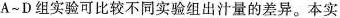
A~D组实验可比较不同实验组出汁量的差异。本实